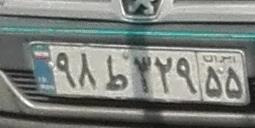
۹۸ط۳۲۹۵۵